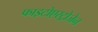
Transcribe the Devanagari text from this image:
फाइटोएस्ट्रोजेन